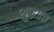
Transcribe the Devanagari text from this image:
शुद्धप्रत